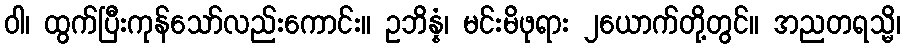
ဝါ၊ ထွက်ပြီးကုန်သော်လည်းကောင်း။ ဥဘိန္နံ၊ မင်းမိဖုရား ၂ယောက်တို့တွင်။ အညတရသ္မိ၊